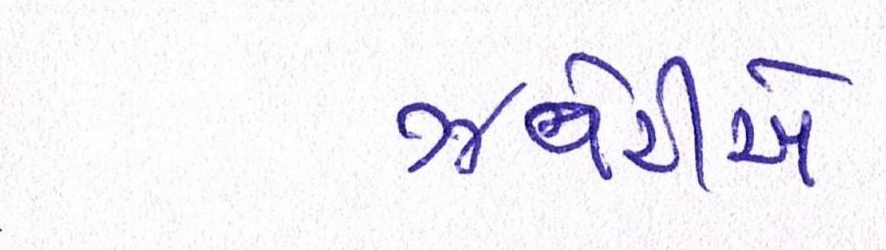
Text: ઝવેરીએ